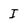
Character: I